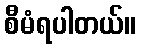
စီမံရပါတယ်။